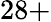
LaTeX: {28+}